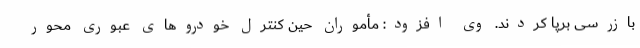
بازرسی برپا کردند. وی افزود: مأموران حین کنترل خودروهای عبوری محور